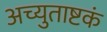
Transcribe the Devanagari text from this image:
अच्युताष्टकं